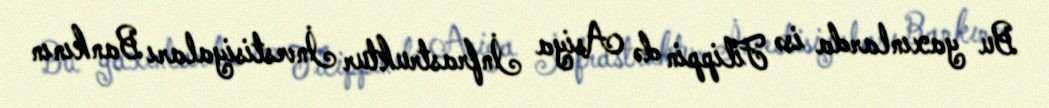
Bu yaxınlarda isə Filippin də Asiya İnfrastruktur İnvestisiyaları Bankının